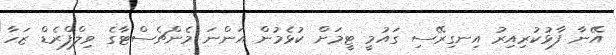
އޭނާ ފާޅުކުރިއިރު އިނގިރޭސި ގައުމީ ޓީމަށް ކުޅެމުން އަންނަ މެންޗެސްޓާގެ ވިލްފްރެޑް ޒަހާ